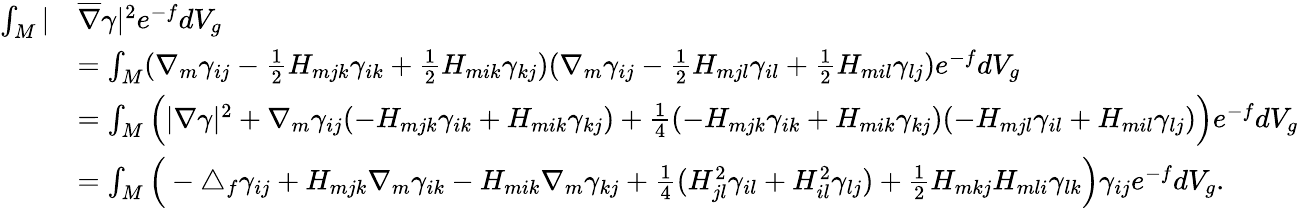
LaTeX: \begin{array}{rl}{\int_{M}|}&{\overline{{\nabla}}\gamma|^{2}e^{-f}dV_{g}}\\ &{=\int_{M}(\nabla_{m}\gamma_{ij}-\frac{1}{2}H_{mjk}\gamma_{ik}+\frac{1}{2}H_{mik}\gamma_{kj})(\nabla_{m}\gamma_{ij}-\frac{1}{2}H_{mjl}\gamma_{il}+\frac{1}{2}H_{mil}\gamma_{lj})e^{-f}dV_{g}}\\ &{=\int_{M}\Big(|\nabla\gamma|^{2}+\nabla_{m}\gamma_{ij}(-H_{mjk}\gamma_{ik}+H_{mik}\gamma_{kj})+\frac{1}{4}(-H_{mjk}\gamma_{ik}+H_{mik}\gamma_{kj})(-H_{mjl}\gamma_{il}+H_{mil}\gamma_{lj})\Big)e^{-f}dV_{g}}\\ &{=\int_{M}\Big(-\triangle_{f}\gamma_{ij}+H_{mjk}\nabla_{m}\gamma_{ik}-H_{mik}\nabla_{m}\gamma_{kj}+\frac{1}{4}(H_{jl}^{2}\gamma_{il}+H_{il}^{2}\gamma_{lj})+\frac{1}{2}H_{mkj}H_{mli}\gamma_{lk}\Big)\gamma_{ij}e^{-f}dV_{g}.}\end{array}